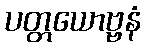
ပတ္တယောဗ္ဗနံ